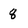
Character: 8